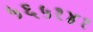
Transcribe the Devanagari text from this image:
५६५१४१